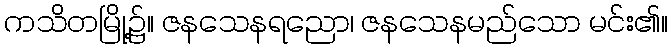
ကသိတမြို့၌။ ဇနသေနရညော၊ ဇနသေနမည်သော မင်း၏။